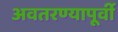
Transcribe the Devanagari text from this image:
अवतरण्यापूर्वी